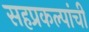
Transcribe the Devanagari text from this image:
सहप्रकल्पांची